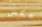
عكس